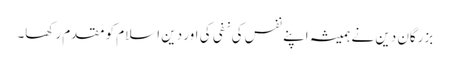
بزرگان دین نے ہمیشہ اپنے نفس کی نفی کی اور دین اسلام کو مقدم رکھا۔